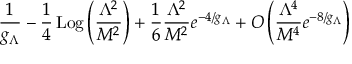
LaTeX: \frac { 1 } { g _ { \Lambda } } - \frac { 1 } { 4 } \, \mathrm { L o g } \left( \frac { \Lambda ^ { 2 } } { M ^ { 2 } } \right) + \frac { 1 } { 6 } \frac { \Lambda ^ { 2 } } { M ^ { 2 } } e ^ { - 4 / g _ { \Lambda } } + O \left( \frac { \Lambda ^ { 4 } } { M ^ { 4 } } e ^ { - 8 / g _ { \Lambda } } \right)